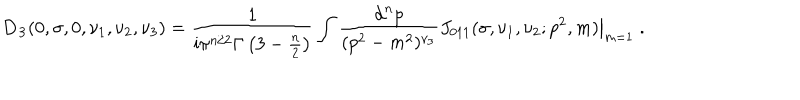
LaTeX: { \bf D _ { 3 } } ( 0 , \sigma , 0 , \nu _ { 1 } , \nu _ { 2 } , \nu _ { 3 } ) = \frac { 1 } { \mathrm { i } \pi ^ { n / 2 } \Gamma \left( 3 - \frac { n } { 2 } \right) } \int \frac { \mathrm { d } ^ { n } p } { ( p ^ { 2 } - m ^ { 2 } ) ^ { \nu _ { 3 } } } \left. J _ { 0 1 1 } ( \sigma , \nu _ { 1 } , \nu _ { 2 } ; p ^ { 2 } , m ) \right| _ { m = 1 } \; .